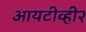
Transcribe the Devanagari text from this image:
आयटीव्ही२